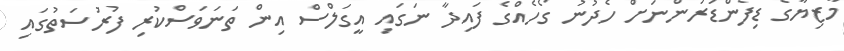
މާޒިޔާގެ ޑިފެންޑަރުންނަށް ހެދުނު ގޯހެއްގެ ފައިދާ ނަގައި އީގަލްސް އިން ތަނަވަސްކުރި ފުރުސަތުގައި